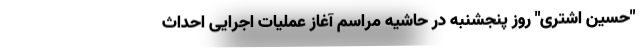
"حسین اشتری" روز پنجشنبه در حاشیه مراسم آغاز عملیات اجرایی احداث